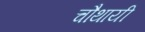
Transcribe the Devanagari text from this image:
चौथायी